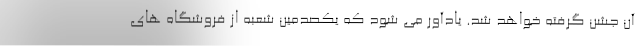
آن جشن گرفته خواهد شد. یادآور می شود که یکصدمین شعبه از فروشگاه های